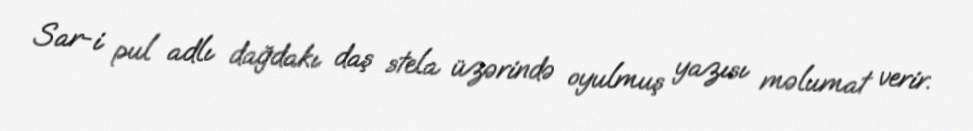
Sar-i pul adlı dağdakı daş stela üzərində oyulmuş yazısı məlumat verir.